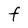
Character: f